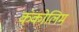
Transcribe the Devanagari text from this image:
कंकोलिम